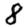
Digit: 8